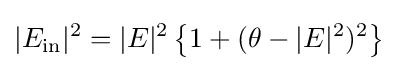
|E_{\text{in}}|^{2}=|E|^{2}\left\{1+(\theta -|E|^{2})^{2}\right\}